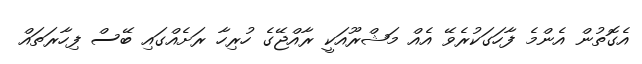
އެގޮތުން އެންމެ ފާހަގަކުރެވޭ އެއް މަޝްރޫއަކީ ރާއްޖޭގެ ހުރިހާ ރަށެއްގައި ބޭސް ފިހާރަތައް